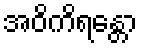
အဝိကိရန္တော